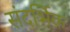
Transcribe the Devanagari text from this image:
संदर्भिक